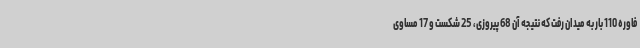
فاوره 110 بار به میدان رفت که نتیجه آن 68 پیروزی، 25 شکست و 17 مساوی